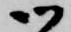
御